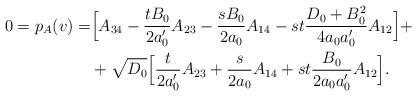
LaTeX: \begin{align*}0 = p_A (v) = &\Big[A_{34} - \dfrac{tB_0}{2a_0'}A_{23}-\dfrac{sB_0}{2a_0}A_{14} - st\dfrac{D_0 + B_0^2}{4a_0a_0'}A_{12} \Big] +\\&+ \sqrt{D_0} \Big[ \dfrac{t}{2a_0'}A_{23} + \dfrac{s}{2a_0}A_{14} + st \dfrac{B_0}{2a_0a_0'}A_{12}\Big].\end{align*}